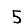
Digit: 5